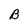
Character: B